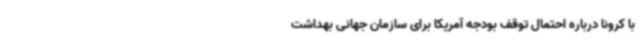
با کرونا درباره احتمال توقف بودجه آمریکا برای سازمان جهانی بهداشت